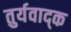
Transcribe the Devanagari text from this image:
तुर्यवाद्क